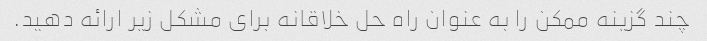
چند گزینه ممکن را به عنوان راه حل خلاقانه برای مشکل زیر ارائه دهید.